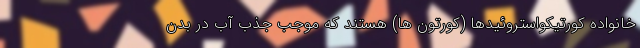
خانواده کورتیکواستروئیدها (کورتون ها) هستند که موجب جذب آب در بدن